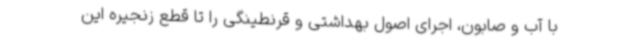
با آب و صابون، اجرای اصول بهداشتی و قرنطینگی را تا قطع زنجیره این